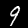
Digit: 9